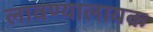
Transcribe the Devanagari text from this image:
लावण्यालायक